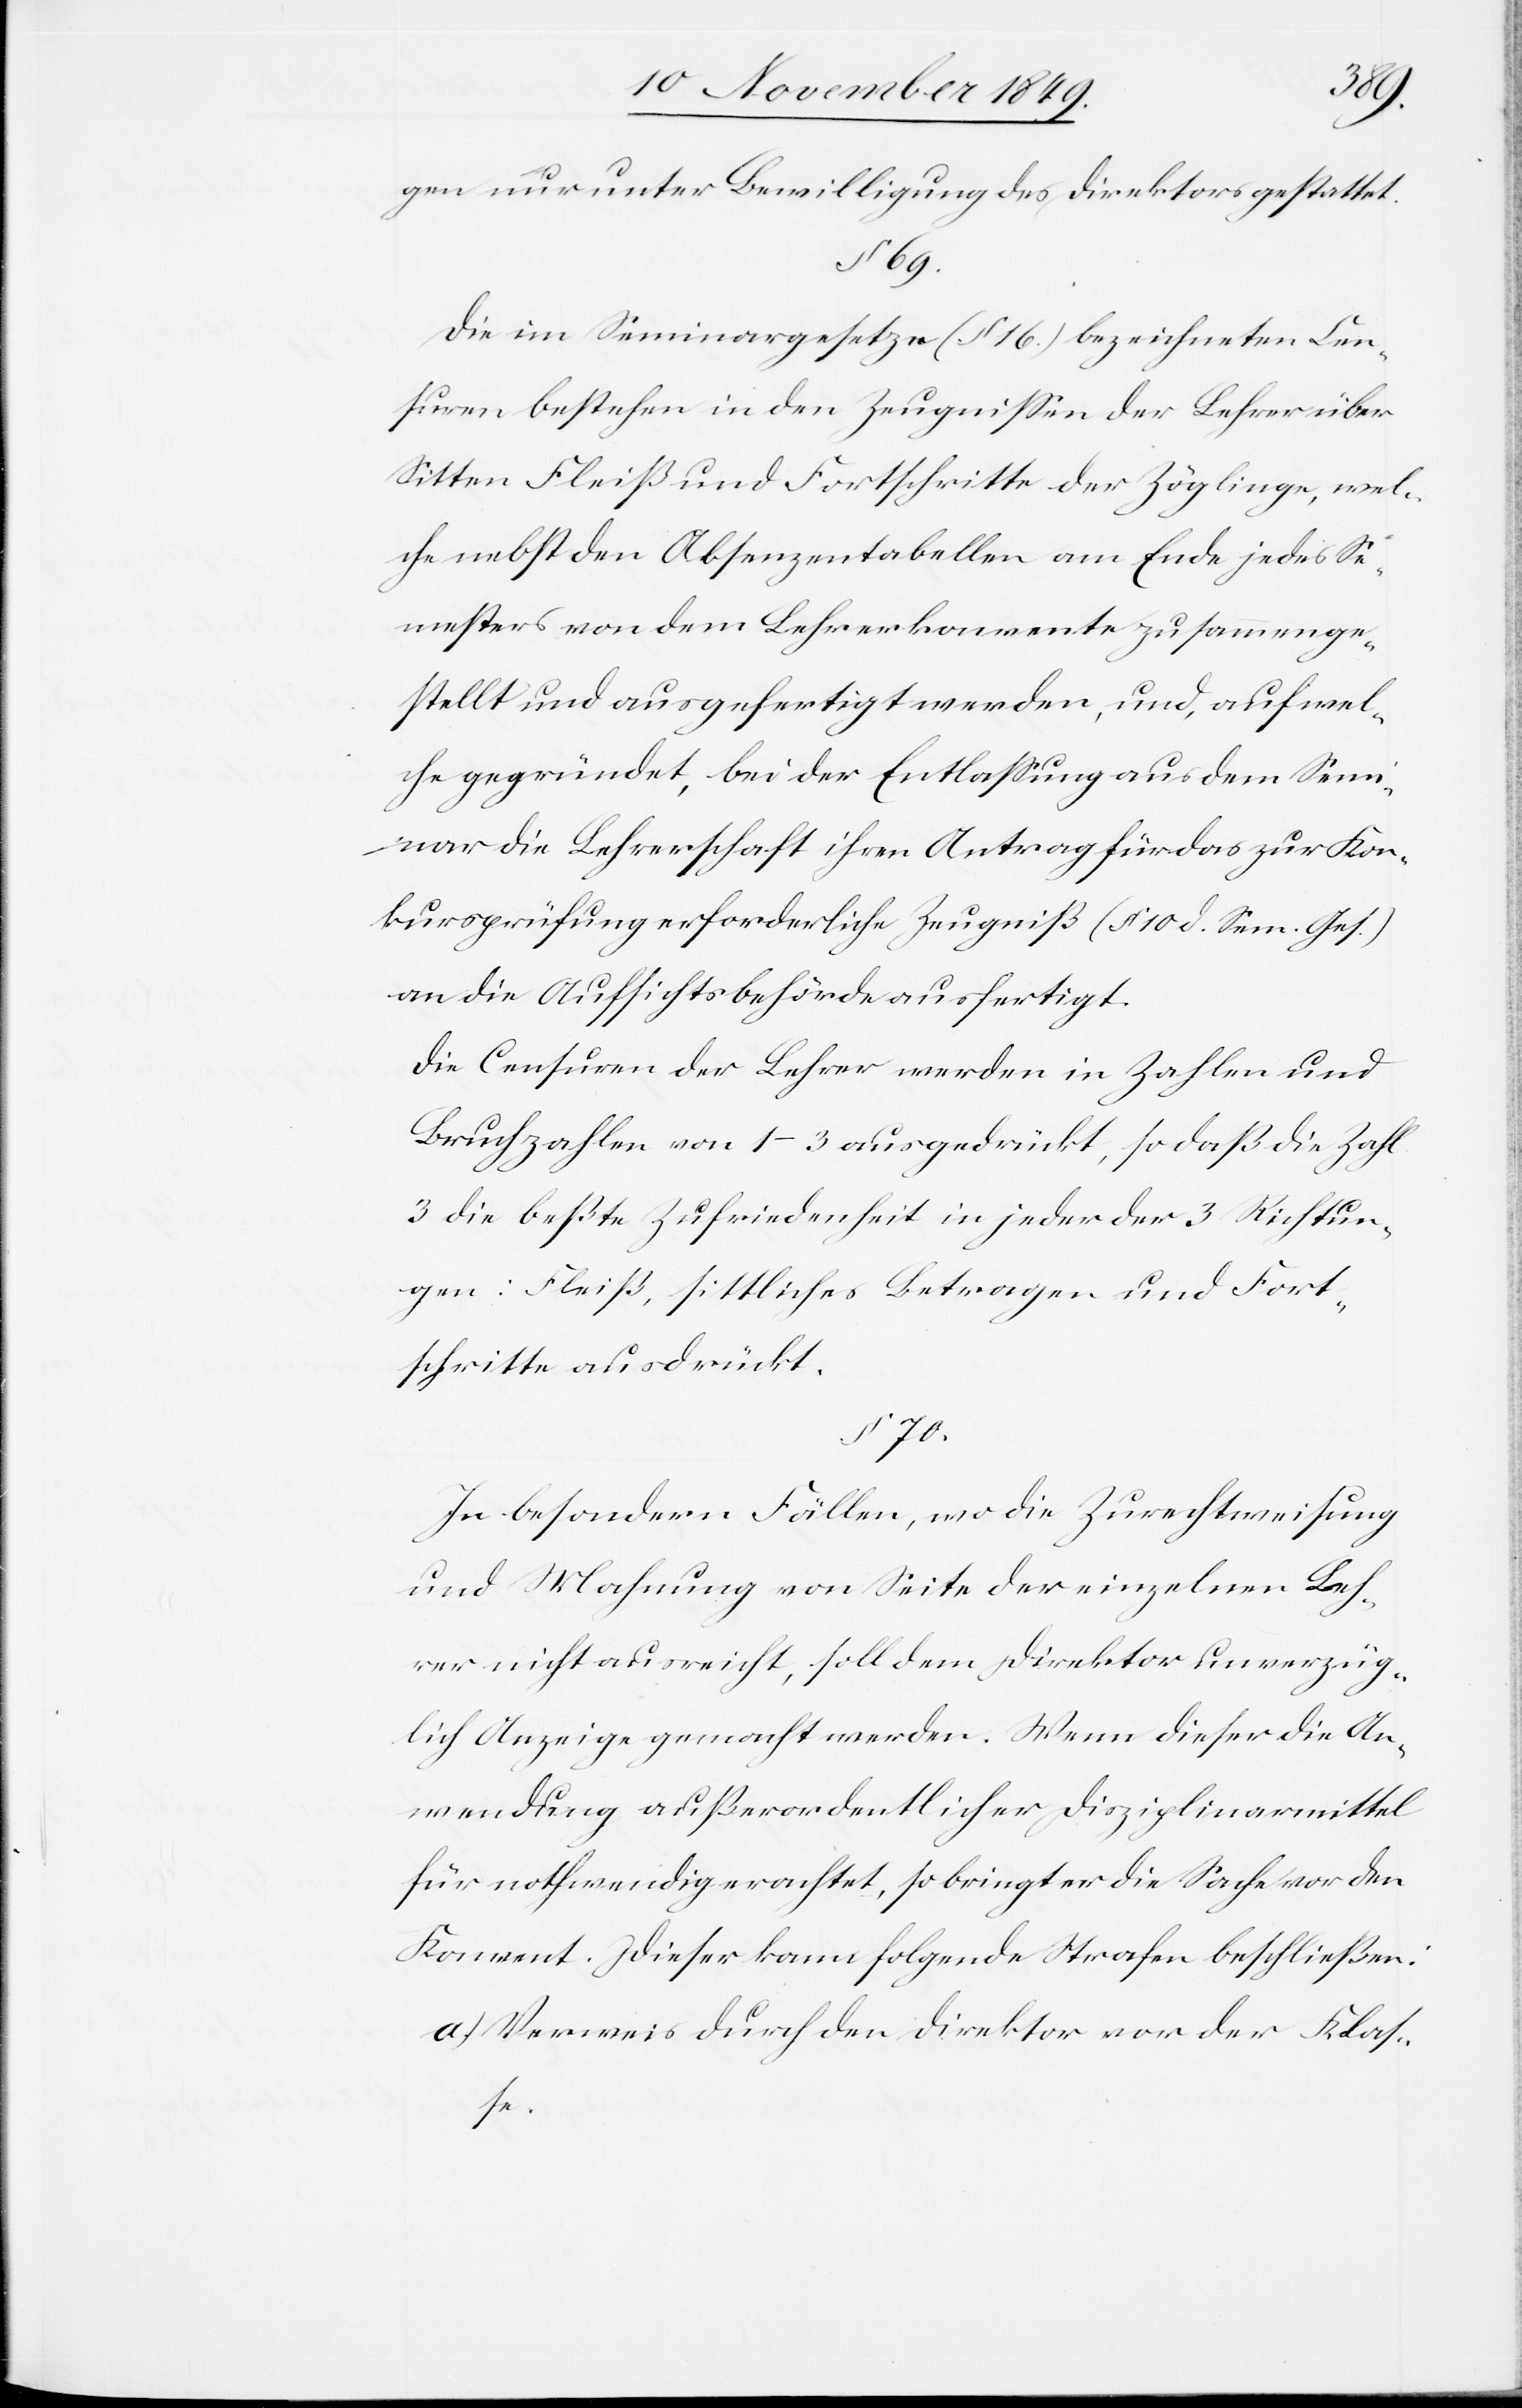
gen nur unter Bewilligung des Direktors gestattet.
§ 69.
Die im Seminargesetze (§ 16) bezeichneten Cen¬
suren bestehen in den Zeugnißen der Lehrer über
Sitten Fleiß und Fortschritte der Zöglinge, wel¬
che nebst den Absenzentabellen am Ende jedes Se¬
mesters von dem Lehrerkonvente zusammenge¬
stellt und ausgefertigt werden, und, wel¬
che gegründet, bei der Entlaßung aus dem Semi¬
nar die Lehrerschaft ihren Antrag für das zur Kon¬
kursprüfung erforderliche Zeugniß (§ 10 d. Sem. Ges.)
an die Aufsichtsbehörde ausfertigt.
Die Censuren der Lehrer werden in Zahlen und
Bruchzahlen von 1–3 ausgedrückt, so daß die Zahl
3 die beste Zufriedenheit in jeder der 3 Richtun¬
gen: Fleiß, sittliches Betragen und Fort¬
schritte ausdrückt.
§ 70.
In besondern Fällen, wo die Zurechtweisung
und Mahnung von Seite der einzelnen Leh¬
rer nicht ausreicht, soll dem Direktor unverzüg¬
lich Anzeige gemacht werden. Wenn dieser die An¬
wendung außerordentlicher Disziplinarmittel
für nothwendig erachtet, so bringt er die Sache vor den
Konvent. Dieser kann folgende Strafen beschließen:
a) Verweis durch den Direktor vor der Klaße.